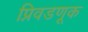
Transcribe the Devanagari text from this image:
प्निवडणूक